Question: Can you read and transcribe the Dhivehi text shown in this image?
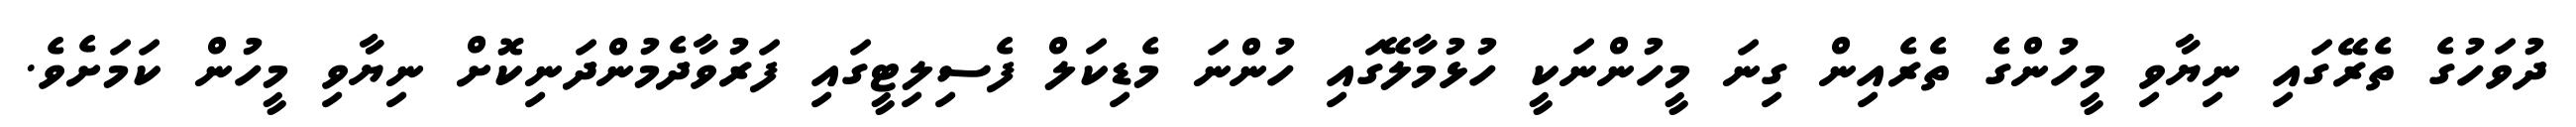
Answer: ދުވަހުގެ ތެރޭގައި ނިޔާވި މީހުންގެ ތެރެއިން ގިނަ މީހުންނަކީ ހުޅުމާލޭގައި ހުންނަ މެޑިކަލް ފެސިލިޓީގައި ފަރުވާދެމުންދަނިކޮށް ނިޔާވި މީހުން ކަމަށެވެ.